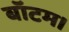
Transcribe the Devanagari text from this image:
बॉटम।